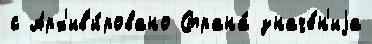
с Арх'ив'и́ровано Страна́ значе́н'иjа